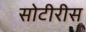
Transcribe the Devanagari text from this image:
सोटीरीस